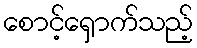
စောင့်ရှောက်သည့်